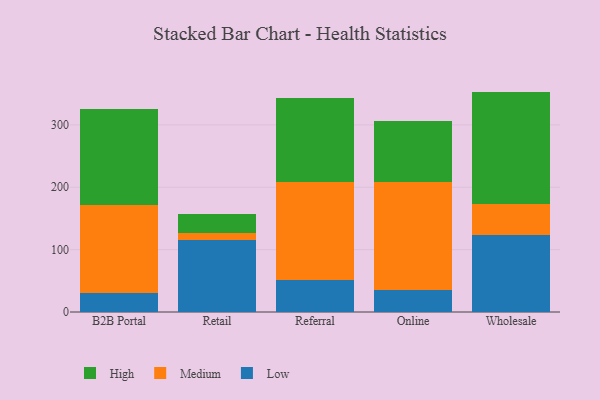
{"axis": {"x": "Channel", "y": "Energy Usage (MWh)"}, "legend": ["High", "Low", "Medium"], "data": [{"x": "B2B Portal", "y": 31.1, "type": "Low"}, {"x": "B2B Portal", "y": 140.5, "type": "Medium"}, {"x": "B2B Portal", "y": 154.3, "type": "High"}, {"x": "Retail", "y": 115.7, "type": "Low"}, {"x": "Retail", "y": 10.2, "type": "Medium"}, {"x": "Retail", "y": 31.4, "type": "High"}, {"x": "Referral", "y": 51.1, "type": "Low"}, {"x": "Referral", "y": 156.7, "type": "Medium"}, {"x": "Referral", "y": 135.4, "type": "High"}, {"x": "Online", "y": 34.7, "type": "Low"}, {"x": "Online", "y": 173.8, "type": "Medium"}, {"x": "Online", "y": 97.5, "type": "High"}, {"x": "Wholesale", "y": 122.7, "type": "Low"}, {"x": "Wholesale", "y": 50.9, "type": "Medium"}, {"x": "Wholesale", "y": 179.7, "type": "High"}]}